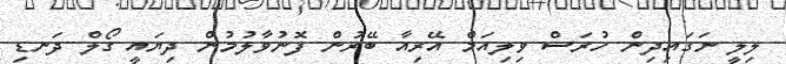
ލިލީ ނަގައިދިން ހުރަސް ވިލިއަމް އޭރިއާ ބޭރުން ފޮނުވާލުމުން ދިޔައީ ގޯލް ދަނޑި